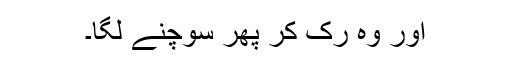
اور وہ رک کر پھر سوچنے لگا۔